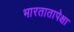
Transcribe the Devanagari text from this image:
भारतातापेक्षा